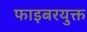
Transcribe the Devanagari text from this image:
फाइबरयुक्त